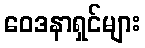
ဝေဒနာရှင်များ